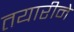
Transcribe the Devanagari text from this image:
तयारीने